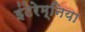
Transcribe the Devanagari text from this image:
इंटेरेम्निया